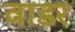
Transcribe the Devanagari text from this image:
वाडर